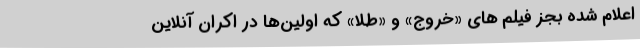
اعلام شده بجز فیلم های «خروج» و «طلا» که اولین‌ها در اکران آنلاین